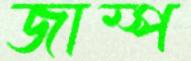
জাম্প